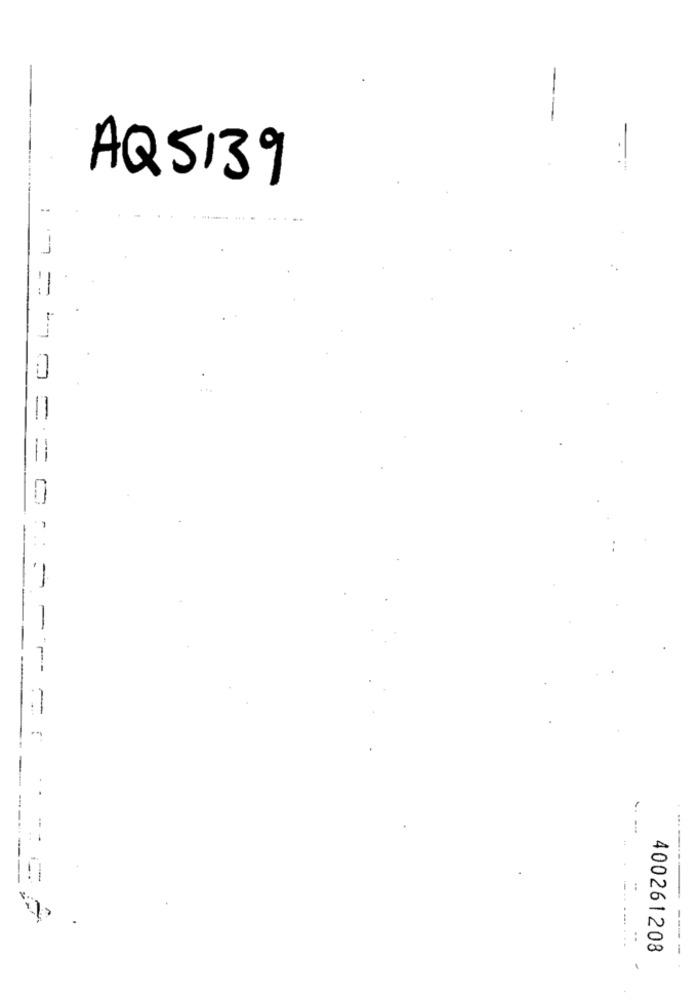
--
--
AQ5139
: - = ====
==
:: = == ==
--
-----
:
..
400261208